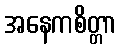
အနေကစိတ္တာ